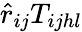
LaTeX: \hat{r}_{ij}T_{ijhl}